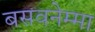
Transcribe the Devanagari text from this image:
बसवनेम्मा